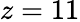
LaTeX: z=11